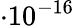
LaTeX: \cdot 10^{-16}